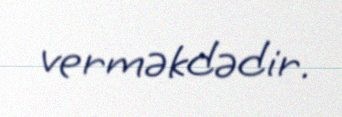
verməkdədir.